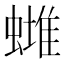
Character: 𧐻